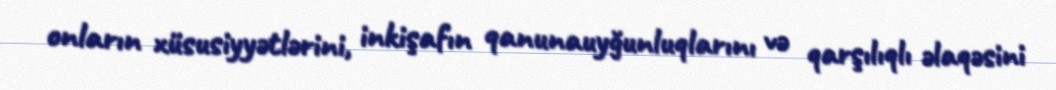
onların xüsusiyyətlərini, inkişafın qanunauyğunluqlarını və qarşılıqlı əlaqəsini